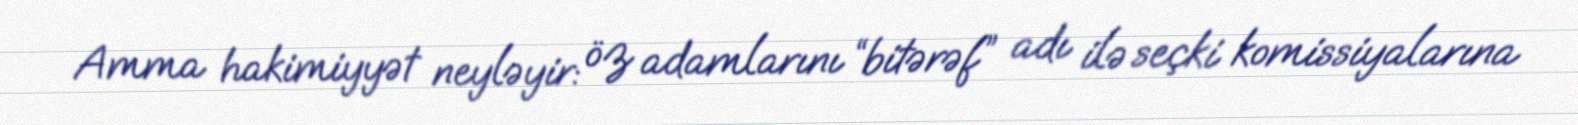
Amma hakimiyyət neyləyir: öz adamlarını “bitərəf” adı ilə seçki komissiyalarına